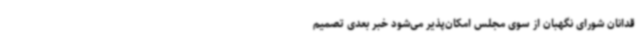
قدانان شورای نگهبان از سوی مجلس امکان‌پذیر می‌شود خبر بعدی تصمیم